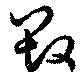
毀